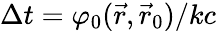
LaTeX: \Delta t=\varphi_{0}(\vec{r},\vec{r}_{0})/kc